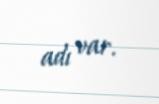
adı var.